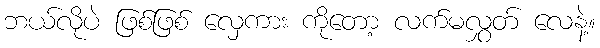
ဘယ်လိုပဲ ဖြစ်ဖြစ် လှေကား ကိုတော့ လက်မလွှတ် လေနဲ့။